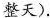
整天).